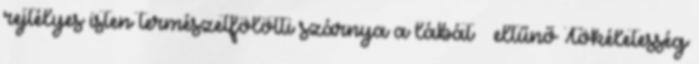
rejtélyes isten természetfölötti szárnya a lábát · eltűnő Tökéletesség